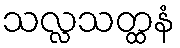
သလ္လသတ္ထနံ